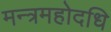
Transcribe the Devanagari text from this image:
मन्त्रमहोदधि